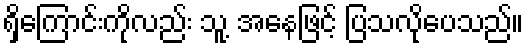
ရှိကြောင်းကိုလည်း သူ့ အနေဖြင့် ပြသလိုပေသည်။